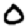
Digit: 0